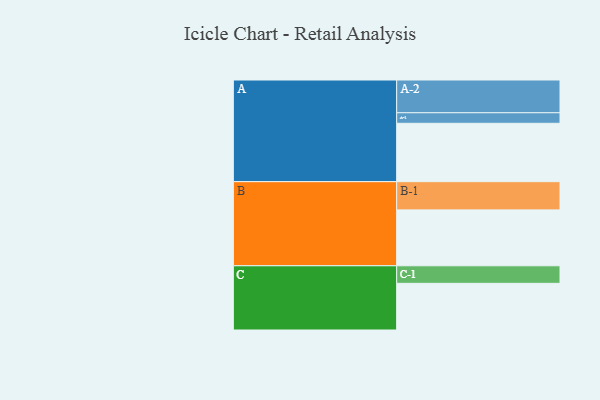
{"axis": {"x": "Segment", "y": "Value"}, "legend": ["", "A", "B", "C"], "data": [{"x": "A", "y": 449, "type": ""}, {"x": "B", "y": 430, "type": ""}, {"x": "C", "y": 359, "type": ""}, {"x": "A-1", "y": 81, "type": "A"}, {"x": "A-2", "y": 252, "type": "A"}, {"x": "B-1", "y": 217, "type": "B"}, {"x": "C-1", "y": 135, "type": "C"}]}